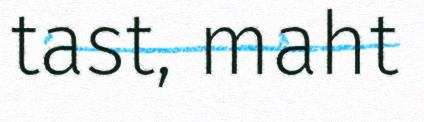
tast, maht